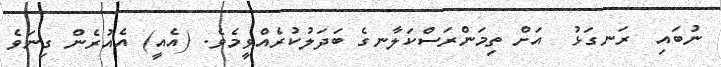
ނުބައި  ރަނގަޅު  އަށް ތިމަންރަސްކަލާނގެ ބަދަލުކުރެއްވީމެވެ. (އެއީ) އެއުރެން ގިނަވެ